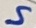
Text: S